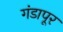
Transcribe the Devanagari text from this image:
गंडापूर